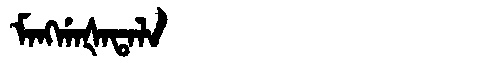
Manchu: ᠮᠠᠩᡤᠠᡧᠠᡨᠠᠯᠠ
Romanization: MANGGAŠATALA